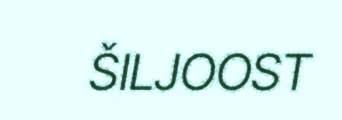
ŠILJOOST